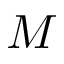
M